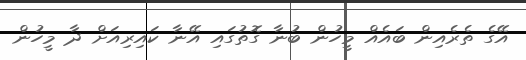
އޭގެ ތެރެއިން ބައެއް މީހުން ބުނާ ގޮތުގައި އޭނާ ކައިރިއަށް ދާ މީހުން